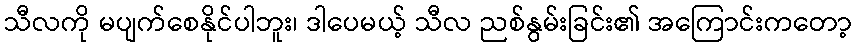
သီလကို မပျက်စေနိုင်ပါဘူး၊ ဒါပေမယ့် သီလ ညစ်နွမ်းခြင်း၏ အကြောင်းကတော့